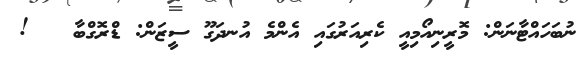
ނުބަހައްޓާނަން: މޮރީނިއޯމިއީ ކެރިއަރުގައި އެންމެ އުނދަގޫ ސީޒަން: ޑްރޮގްބާ   !